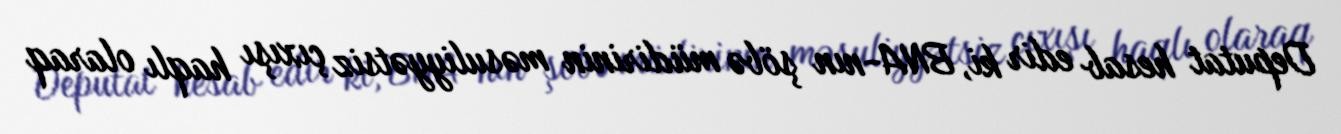
Deputat hesab edir ki, BNA-nın şöbə müdirinin məsuliyyətsiz çıxışı haqlı olaraq